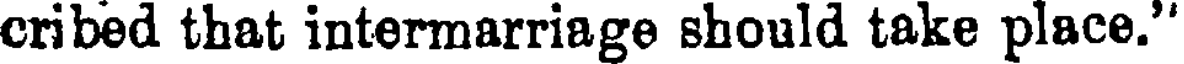
cribed that intermarriage should take place.'